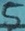
Text: 5